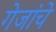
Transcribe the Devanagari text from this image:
गेजांचे